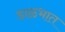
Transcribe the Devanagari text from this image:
डाळभात